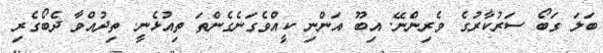
ބަލަ ގަބޯ ސަރުކާރުގެ ވެރިންނޭ. އިބޫ އަންނި ކީއްވެގަނެގެންތަ ތިއުޅެނީ. ތިދުއްވާ ދެބޯގެރި